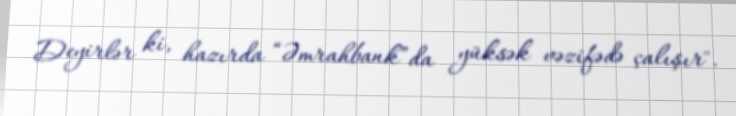
Deyirlər ki, hazırda “Əmrahbank”da yüksək vəzifədə çalışır".